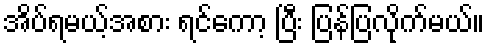
အိပ်ရမယ့်အစား ရင်ကော့ ပြီး ပြန်ပြလိုက်မယ်။